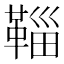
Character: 𩋝